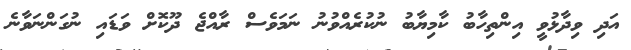
އަދި ވިދާޅުވީ އިންތިހާބު ކާމިޔާބު ނުކުރެއްވުނު ނަމަވެސް ރާއްޖެ ދޫކޮށް ވަޑައި ނުގަންނަވާނެ